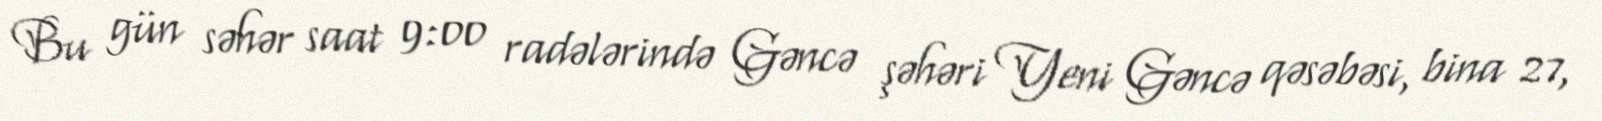
Bu gün səhər saat 9:00 radələrində Gəncə şəhəri Yeni Gəncə qəsəbəsi, bina 27,